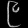
Digit: ၉